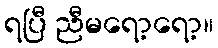
ရပြီ ညီမရော့ရော့။